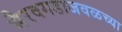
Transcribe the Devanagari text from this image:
भैरवगडाजवळच्या